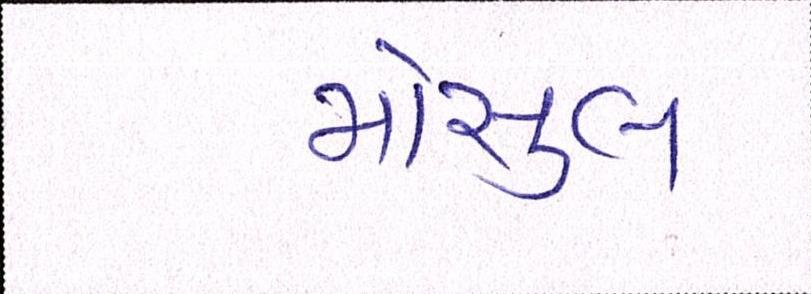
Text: મોસુલ